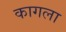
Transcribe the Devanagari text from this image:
कागला